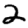
Digit: 2